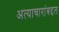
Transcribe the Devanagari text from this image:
अत्याचारांबद्दल